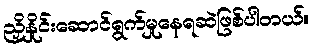
ညှိနှိုင်းဆောင်ရွက်မှုနေရဆဲဖြစ်ပါတယ်။